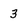
Character: 3